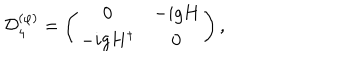
LaTeX: { \cal D } _ { 4 } ^ { ( \varphi ) } = \left( \begin{array} { c c } { { 0 } } & { { - i g H } } \\ { { - i g H ^ { \dagger } } } & { { 0 } } \\ \end{array} \right) ,